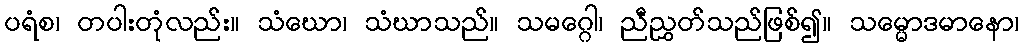
ပရံစ၊ တပါးတုံလည်း။ သံဃော၊ သံဃာသည်။ သမဂ္ဂေါ၊ ညီညွှတ်သည်ဖြစ်၍။ သမ္မောဒမာနော၊